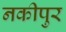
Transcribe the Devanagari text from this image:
नकीपुर